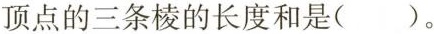
顶点的三条棱的长度和是( )。